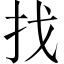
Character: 找